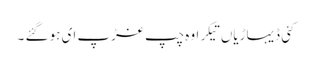
کئی ڈیہاڑیاں تیکر او ہ چپ غڑپ ای ہو گئے ۔